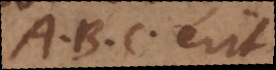
At C erit